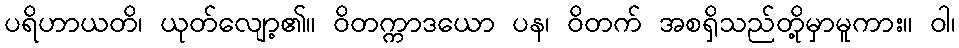
ပရိဟာယတိ၊ ယုတ်လျော့၏။ ဝိတက္ကာဒယော ပန၊ ဝိတက် အစရှိသည်တို့မှာမူကား။ ဝါ၊